65_HS1-834228961_62-HQ-83894_Section_7
Agency: FBI
Page 51
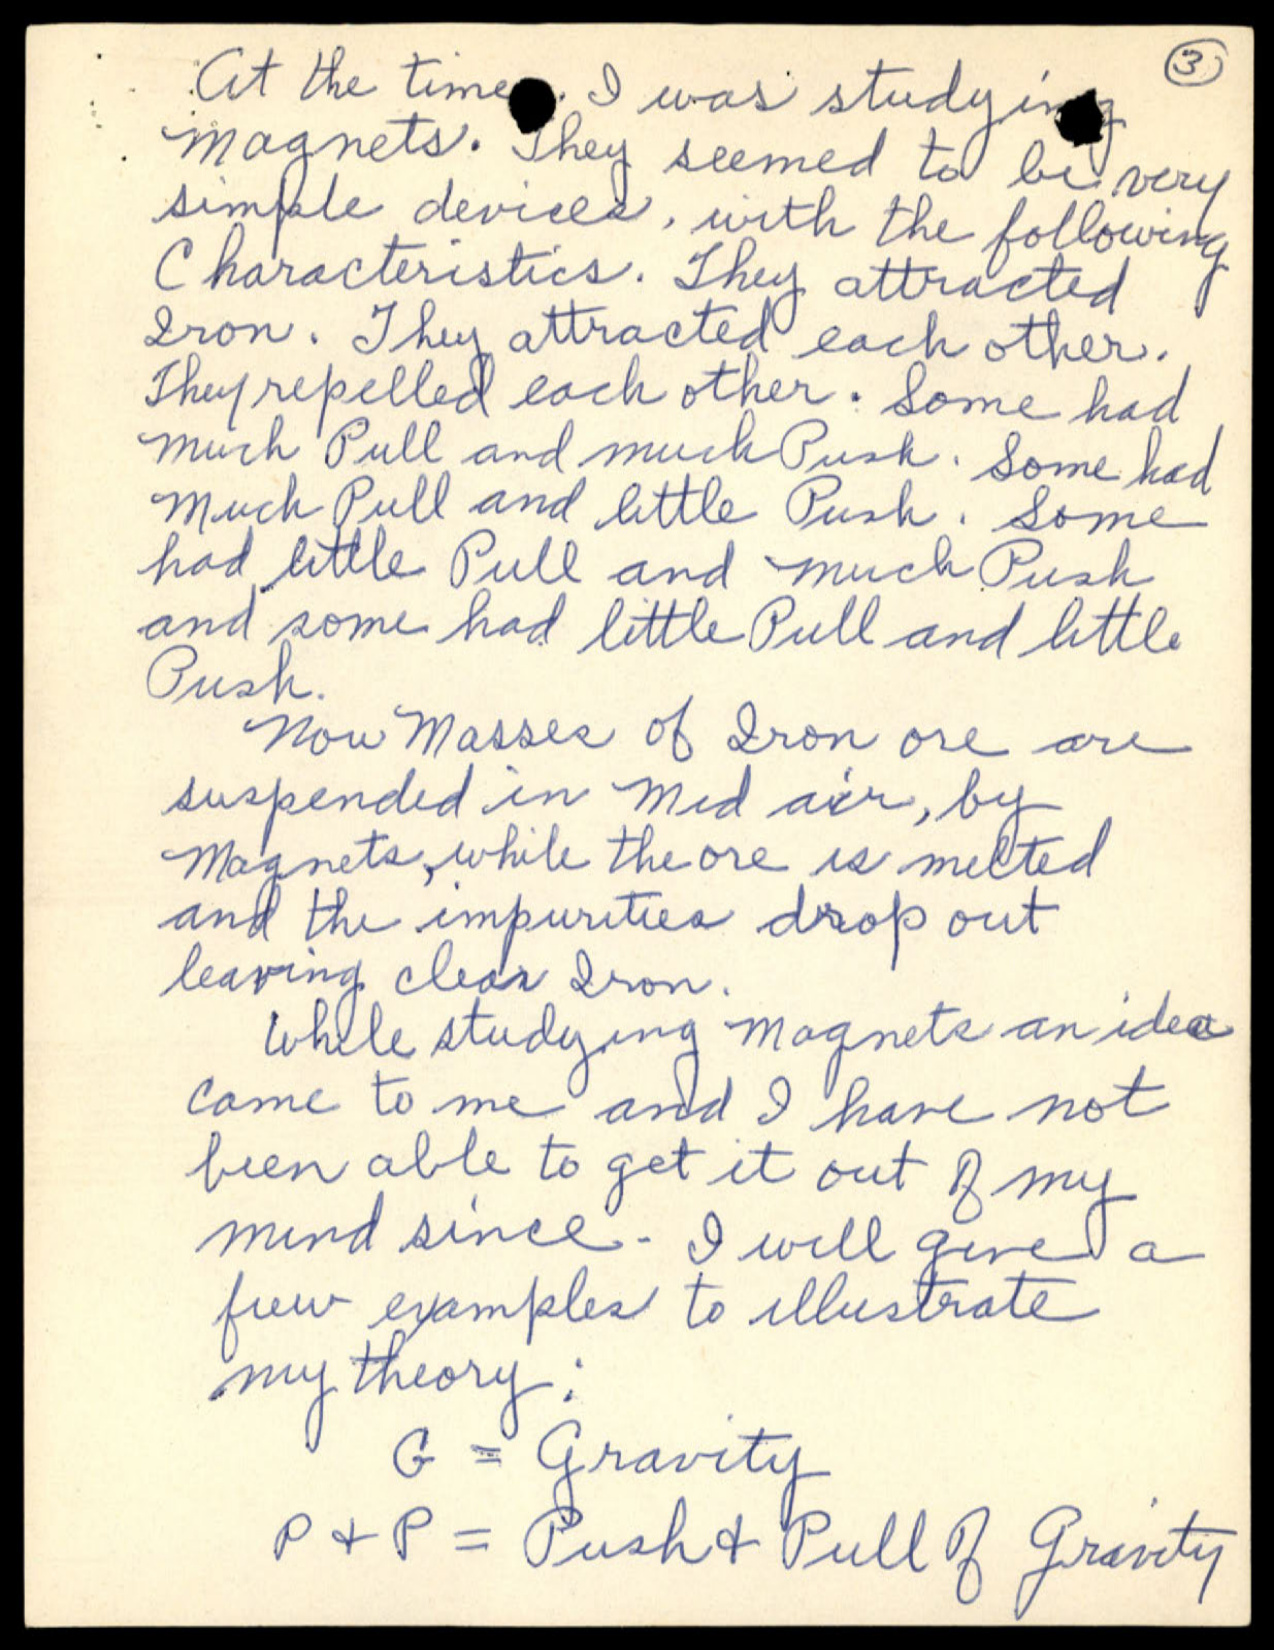